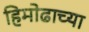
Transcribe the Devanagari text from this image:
हिमोढाच्या